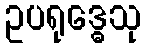
ဥပရုဒ္ဓေသု